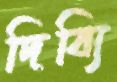
দিব্যি